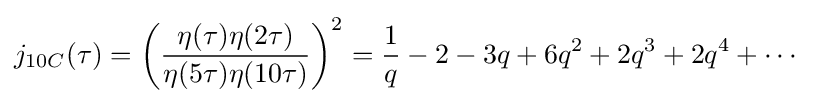
{\begin{aligned}j_{10C}(\tau )&=\left({\frac {\eta (\tau )\eta (2\tau )}{\eta (5\tau )\eta (10\tau )}}\right)^{2}={\frac {1}{q}}-2-3q+6q^{2}+2q^{3}+2q^{4}+\cdots \end{aligned}}